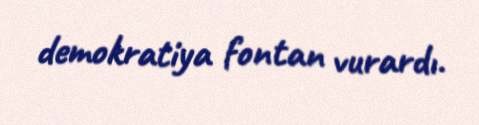
demokratiya fontan vurardı.